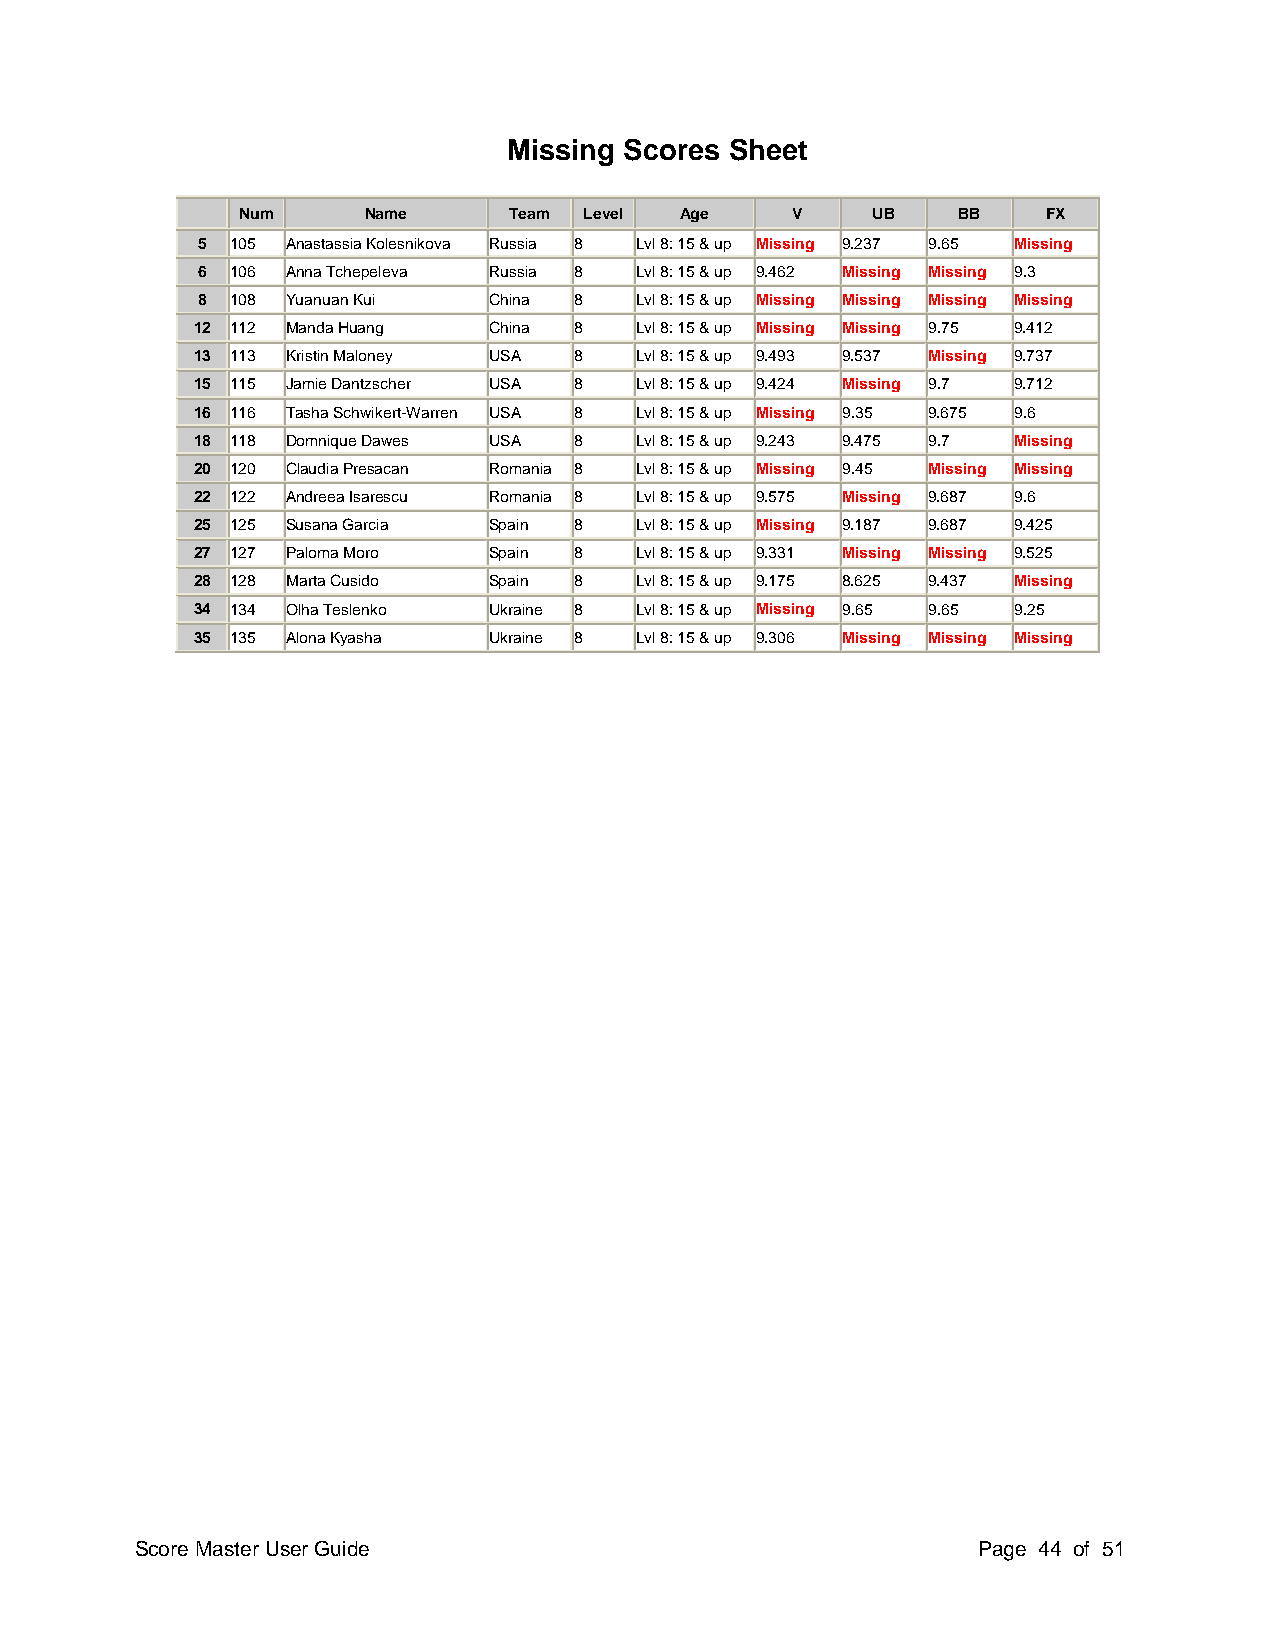
Missing Scores Sheet
 Num     Name      Team Level Age    V     UB   BB    FX
 5 105 Anastassia Kolesnikova Russia 8 Lvl 8: 15 & up Missing 9.237 9.65 Missing
 6 106 Anna Tchepeleva Russia 8 Lvl 8: 15 & up 9.462 Missing Missing 9.3
 8 108 Yuanuan Kui  China 8   Lvl 8: 15 & up Missing Missing Missing Missing
 12 112 Manda Huang China 8   Lvl 8: 15 & up Missing Missing 9.75 9.412
 13 113 Kristin Maloney USA 8 Lvl 8: 15 & up 9.493 9.537 Missing 9.737
 15 115 Jamie Dantzscher USA 8 Lvl 8: 15 & up 9.424 Missing 9.7 9.712
 16 116 Tasha Schwikert-Warren USA 8 Lvl 8: 15 & up Missing 9.35 9.675 9.6
 18 118 Domnique Dawes USA 8  Lvl 8: 15 & up 9.243 9.475 9.7 Missing
 20 120 Claudia Presacan Romania 8 Lvl 8: 15 & up Missing 9.45 Missing Missing
 22 122 Andreea Isarescu Romania 8 Lvl 8: 15 & up 9.575 Missing 9.687 9.6
 25 125 Susana Garcia Spain 8 Lvl 8: 15 & up Missing 9.187 9.687 9.425
 27 127 Paloma Moro Spain 8   Lvl 8: 15 & up 9.331 Missing Missing 9.525
 28 128 Marta Cusido Spain 8  Lvl 8: 15 & up 9.175 8.625 9.437 Missing
 34 134 Olha Teslenko Ukraine 8 Lvl 8: 15 & up Missing 9.65 9.65 9.25
 35 135 Alona Kyasha Ukraine 8 Lvl 8: 15 & up 9.306 Missing Missing Missing
 Score Master User Guide                                 Page 44 of 51